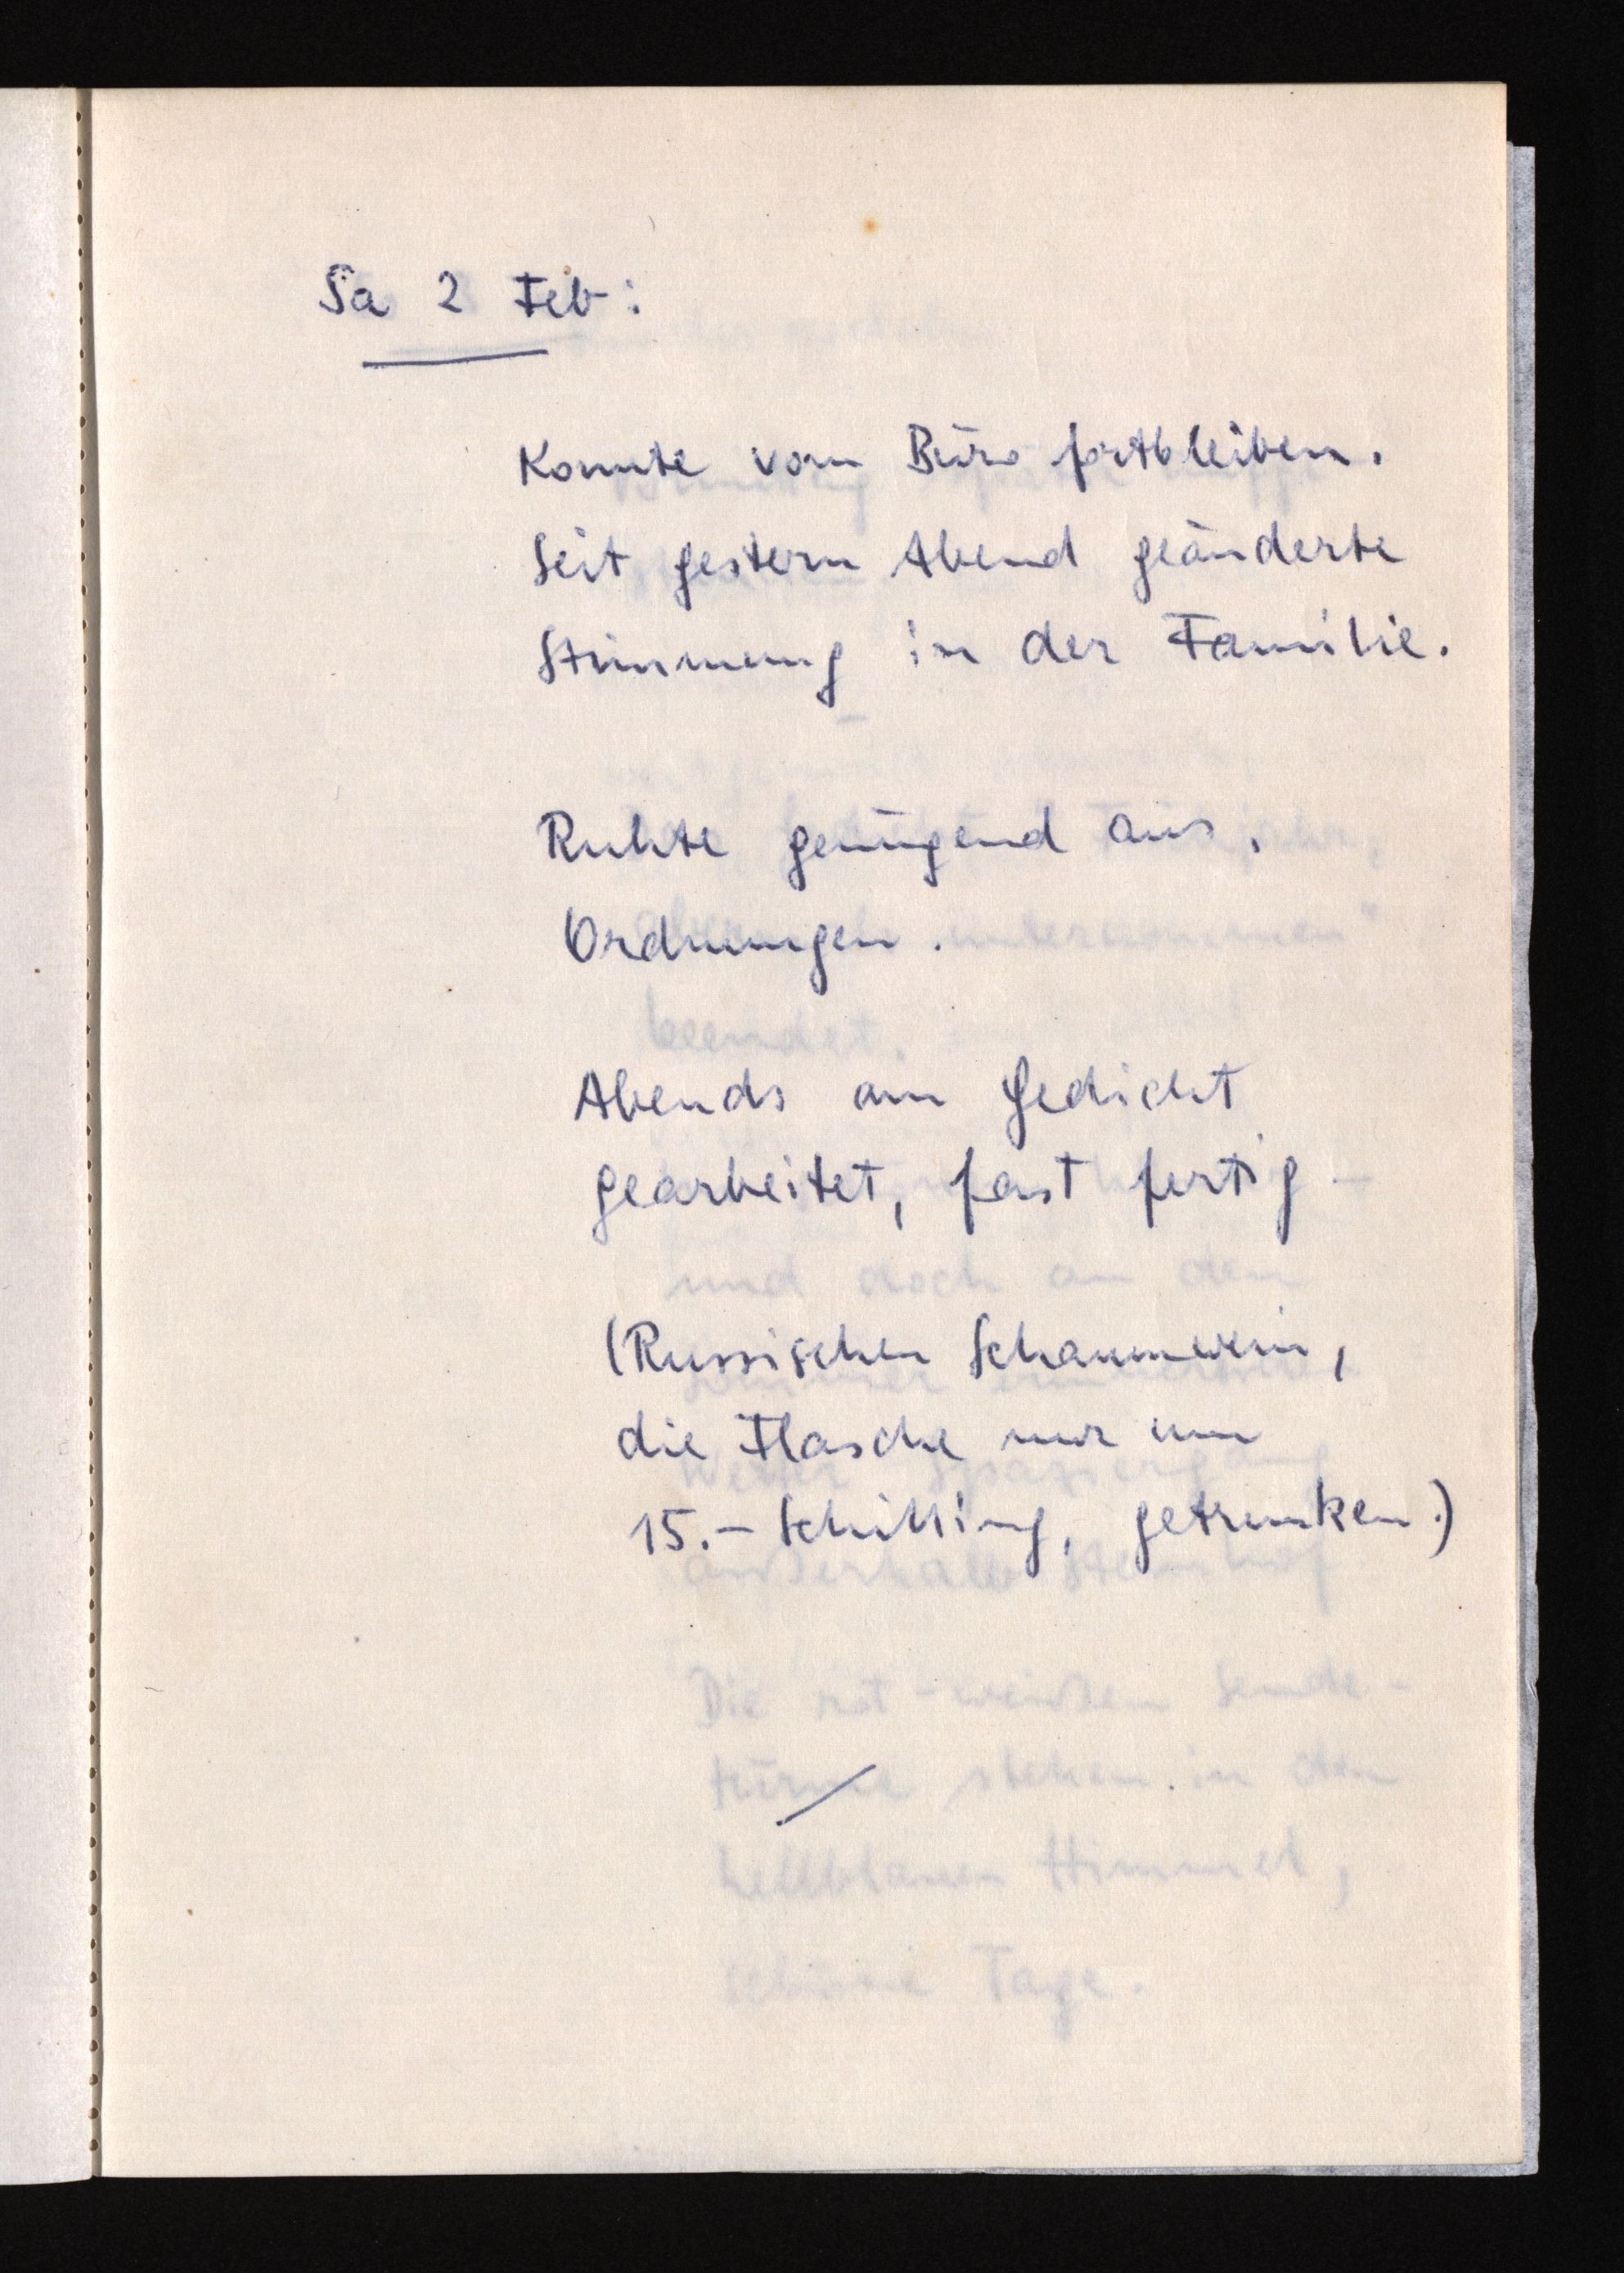
Sa 2 Feb:
Konnte vom Büro fortbleiben.
Seit gestern Abend geänderte
Stimmung in der Familie.
Ruhte genügend aus.
Ordnungen.
Abends am Gedicht
gearbeitet, fast fertig.
(Russischen Schaumwein,
die Flasche nur um
15.- Schilling, getrunken.)